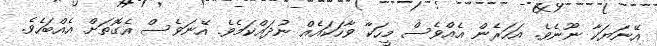
އޭނަޔަކާ ނޫނެވެ. އަހަރެން އެއްވެސް މީހަކާ ވާހަކައެއް ނުދައްކަމެވެ. އޭނަވެސް އެގޮތަށް އެއްބަހެވެ.